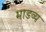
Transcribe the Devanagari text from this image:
माडव्य